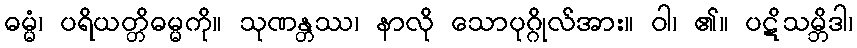
ဓမ္မံ၊ ပရိယတ္တိဓမ္မကို။ သုဏန္တဿ၊ နာလို သောပုဂ္ဂိုလ်အား။ ဝါ၊ ၏။ ပဋိသမ္ဘိဒါ၊